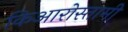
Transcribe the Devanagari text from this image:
किआरोस्तामी